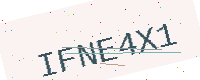
Text: IFNE4X1